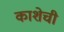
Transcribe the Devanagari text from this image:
काशेची